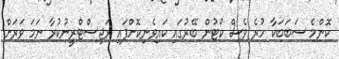
ކޮންމެ ސަބަބަކާ ހުރެ ވެސް ކޯޓުން ބޭރުގައި ކައިވެނިކޮށްފައި ރަޖިސްޓްރީނުކުރާ ނަމަ ވަރަށް